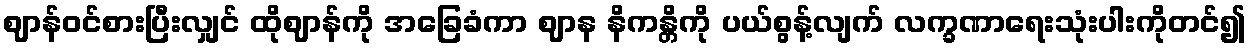
ဈာန်ဝင်စားပြီးလျှင် ထိုဈာန်ကို အခြေခံကာ ဈာန နိကန္တိကို ပယ်စွန့်လျက် လက္ခဏာရေးသုံးပါးကိုတင်၍